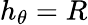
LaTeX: h_{\theta}=R